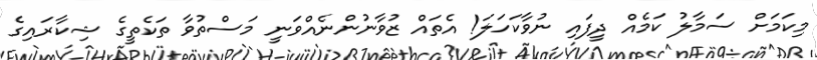
މިކަމަށް ސަމާލު ކަމެއް ދީފައި ނުވާކަހަލަ! އެތައް ޒުވާނުންނެއްވަނީ މަސްތުވާ ތަކެތީގެ ޝިކާރައިގެ